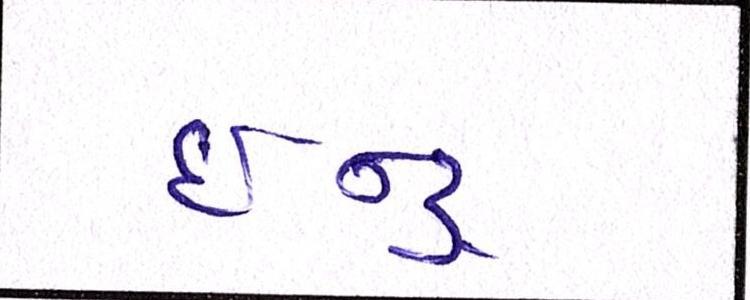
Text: ઈન્દ્ર